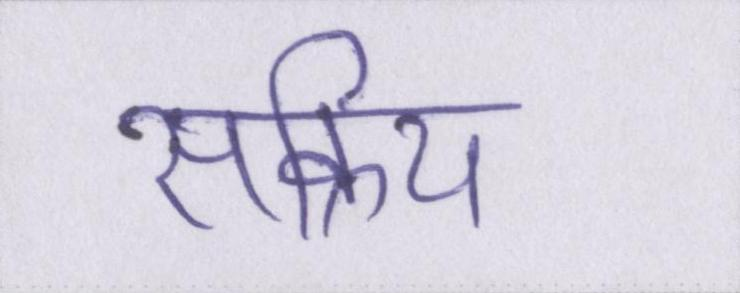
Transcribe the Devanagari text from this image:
सक्रिय